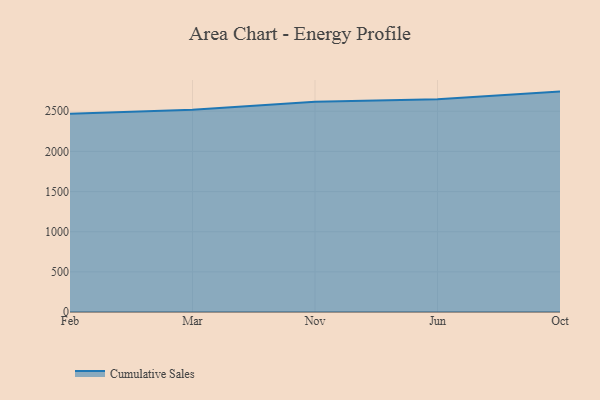
{"axis": {"x": "Month", "y": "Operating Costs (USD K)"}, "legend": ["Cumulative Sales"], "data": [{"x": "Feb", "y": 2467.7, "type": "Cumulative Sales"}, {"x": "Mar", "y": 2518.5, "type": "Cumulative Sales"}, {"x": "Nov", "y": 2618.7, "type": "Cumulative Sales"}, {"x": "Jun", "y": 2649.7, "type": "Cumulative Sales"}, {"x": "Oct", "y": 2744.9, "type": "Cumulative Sales"}]}